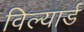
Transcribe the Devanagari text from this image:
विल्यार्ड